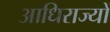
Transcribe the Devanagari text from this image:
आधिराज्यों